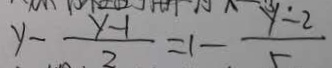
y - \frac { y - 1 } { 2 } = 1 - \frac { y - 2 } { 5 }